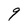
Character: 9